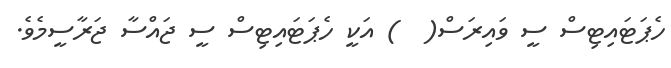
ހެޕަޓައިޓިސް ސީ ވައިރަސް(  ) އަކީ ހެޕަޓައިޓިސް ސީ ޖައްސާ ޖަރާސީމެވެ.